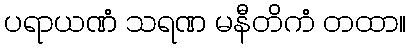
ပရာယဏံ သရဏ မနီတိကံ တထာ။